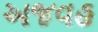
અજવહ